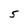
Character: 5